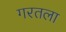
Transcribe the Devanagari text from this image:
गरतला